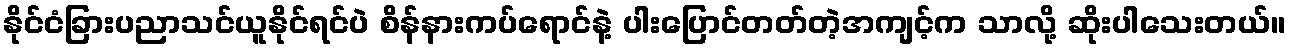
နိုင်ငံခြားပညာသင်ယူနိုင်ရင်ပဲ စိန်နားကပ်ရောင်နဲ့ ပါးပြောင်တတ်တဲ့အကျင့်က သာလို့ ဆိုးပါသေးတယ်။